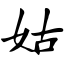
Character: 姑